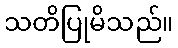
သတိပြုမိသည်။